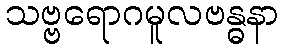
သဗ္ဗရောဂမူလဗန္ဓနာ